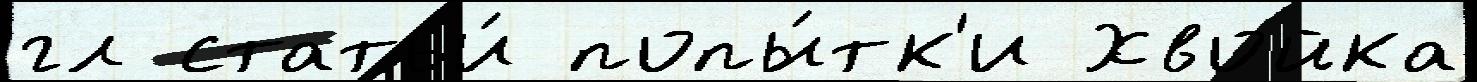
гл статьи́ попы́тк'и Хвойка